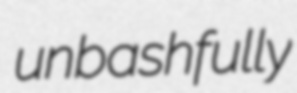
unbashfully